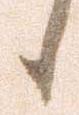
候